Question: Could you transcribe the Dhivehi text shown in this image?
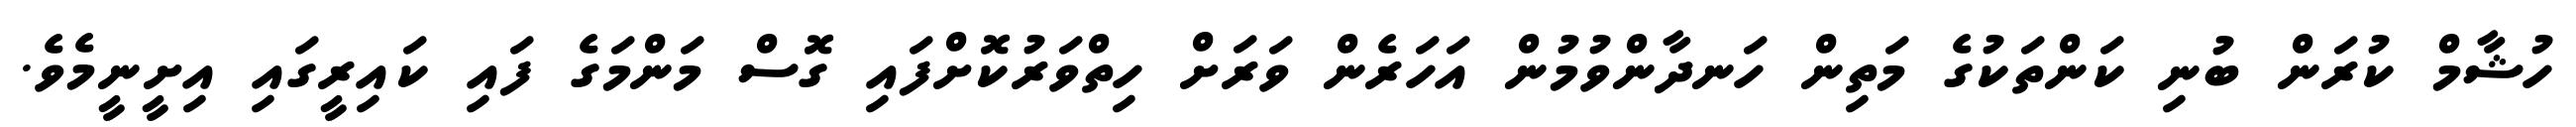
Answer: ހުޝާމް ކުރަން ބުނި ކަންތަކުގެ މަތިން ހަނދާންވުމުން އަހަރެން ވަރަށް ހިތްވަރުކޮށްފައި ގޮސް މަންމަގެ ފައި ކައިރީގައި އިށީނީމެވެ.